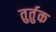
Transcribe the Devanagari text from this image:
तुर्तुक